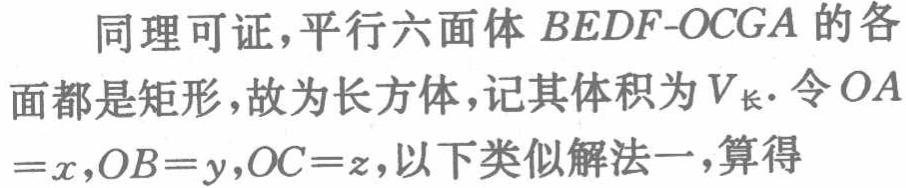
137.在5点和6点之间，钟面上的时针和分针在何时成直角？